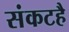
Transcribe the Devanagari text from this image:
संकटहै